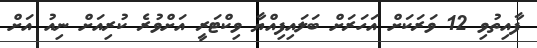
ފާއިތުވި 12 ވަރަކަށް އަހަރަށް ބަލައިފިއްޔާ ވިކްޓަރީ އަށްވުރެ ކުރިއަށް ނިއު އަށް